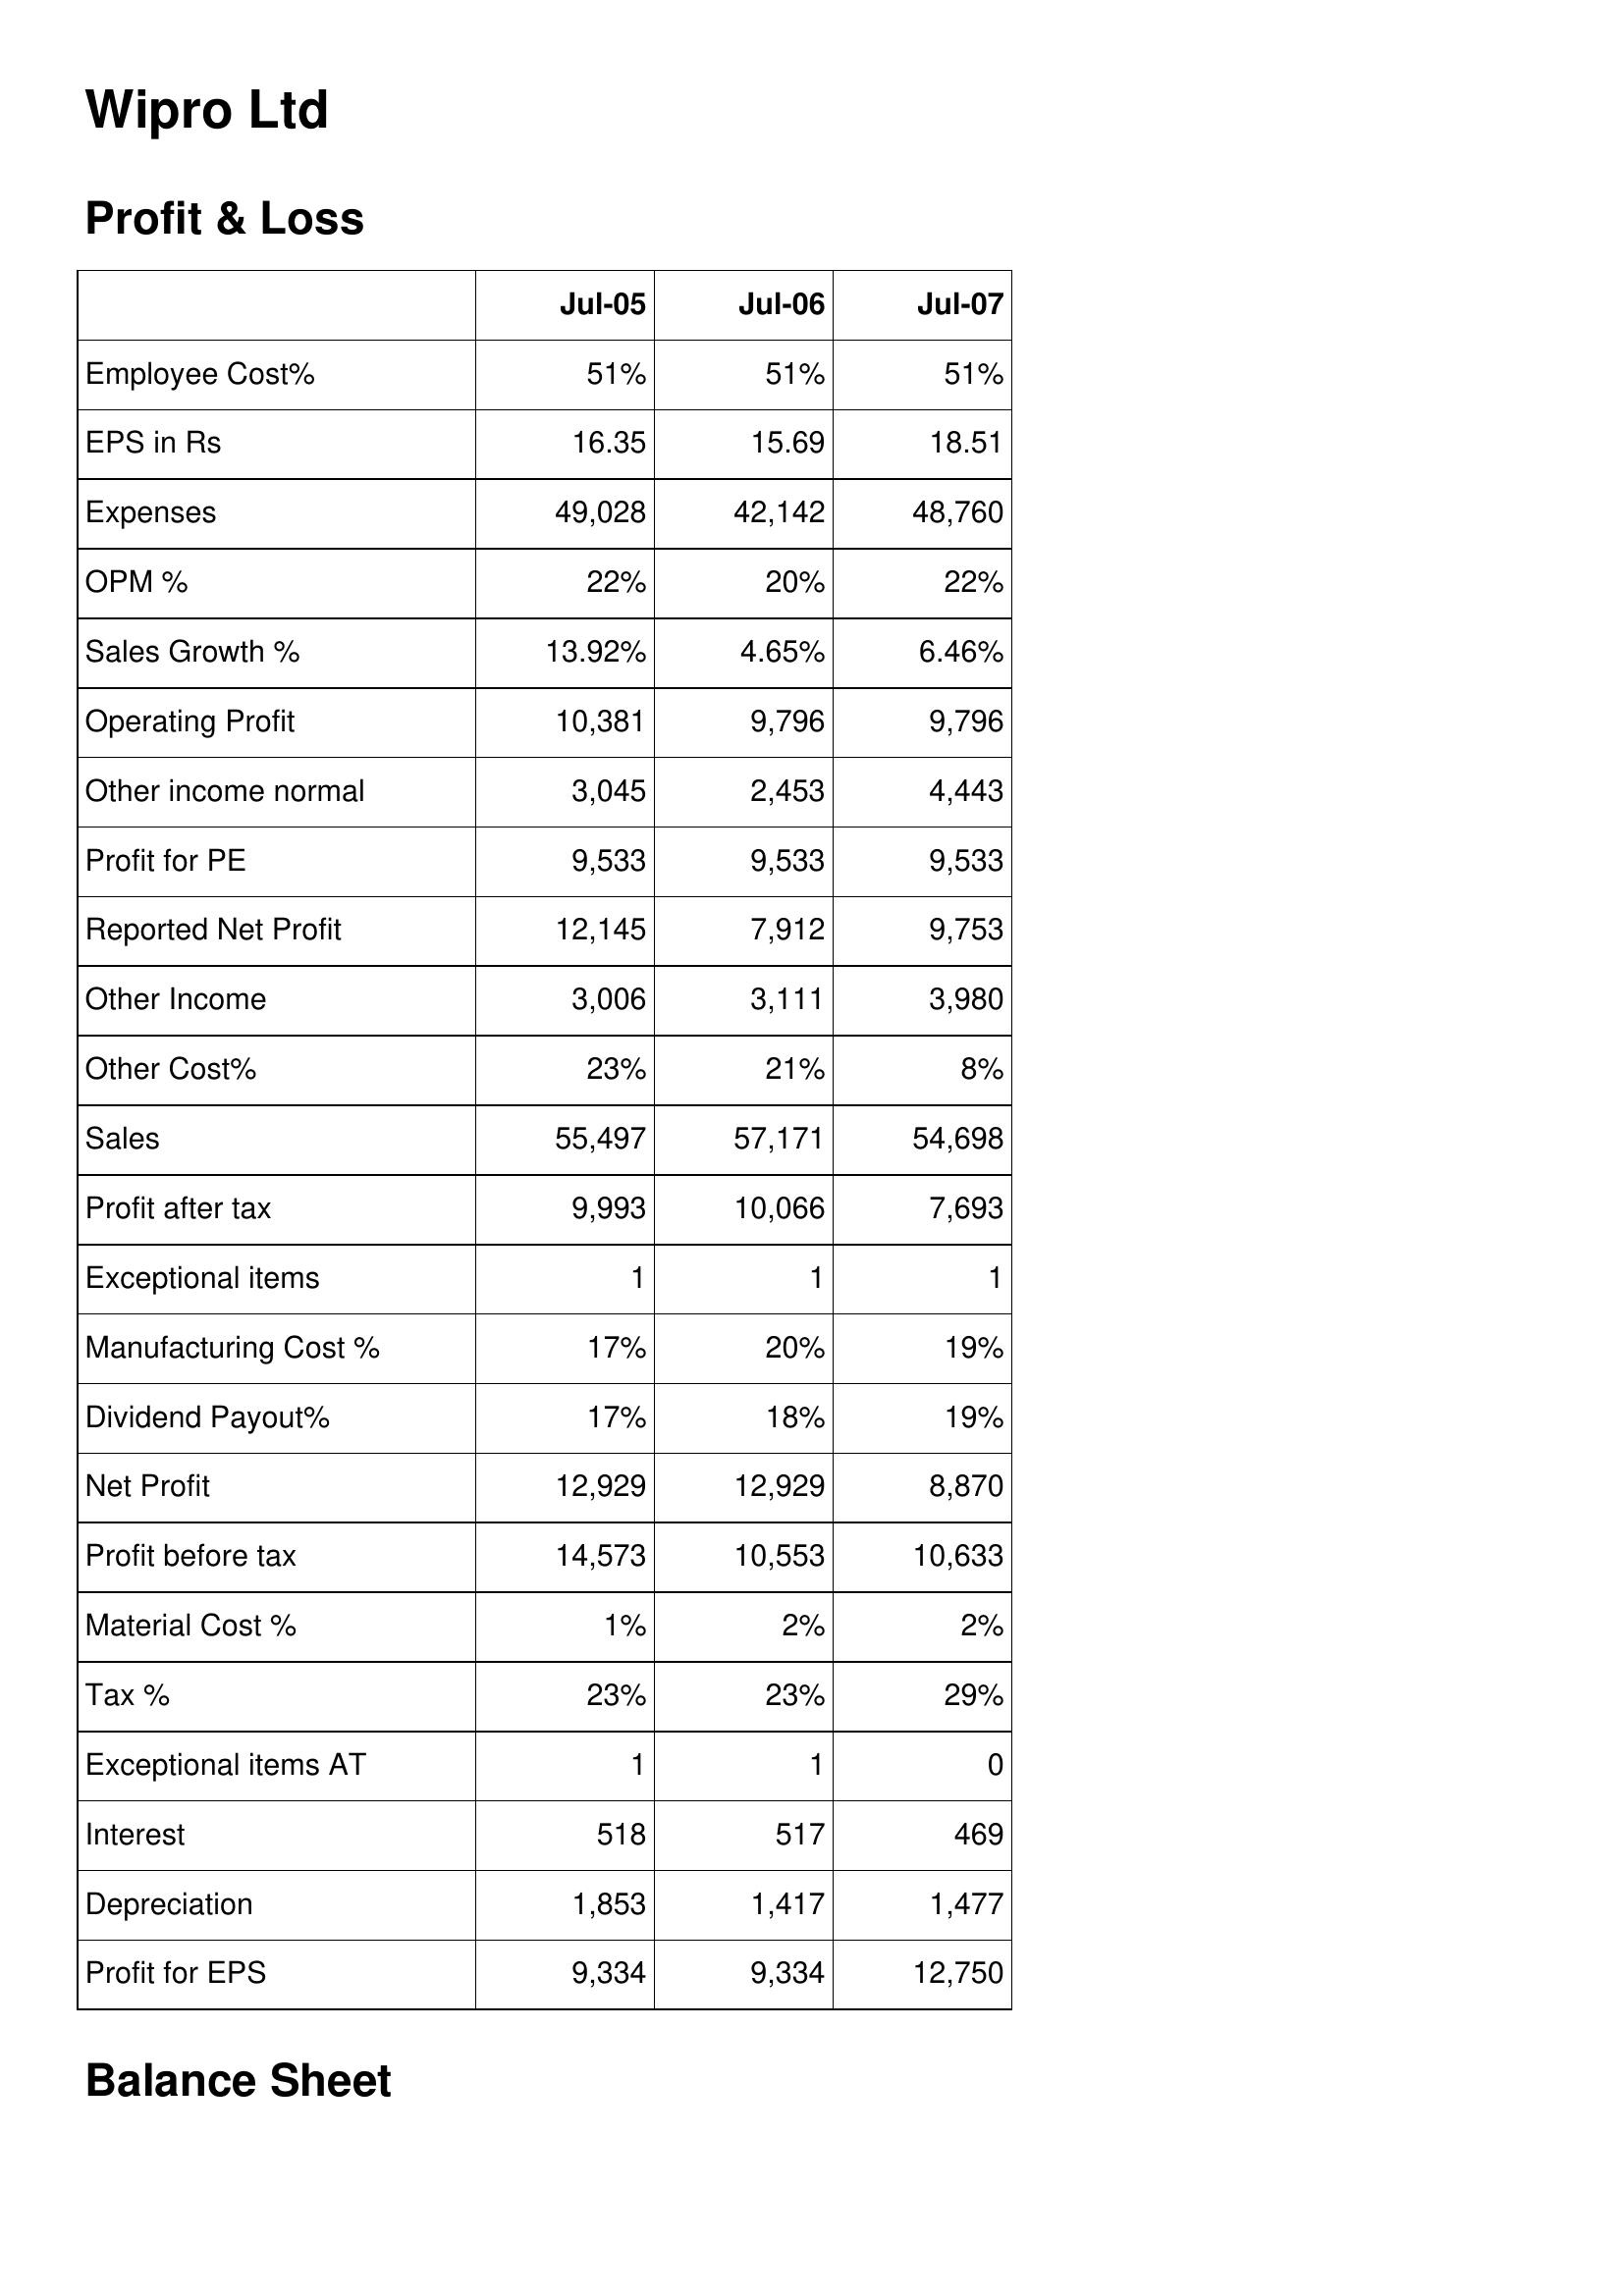
Jul-05: Profit & Loss: Employee Cost%: 51%
EPS in Rs: 16.35
Expenses: 49,028
OPM %: 22%
Sales Growth %: 13.92%
Operating Profit: 10,381
Other income normal: 3,045
Profit for PE: 9,533
Reported Net Profit: 12,145
Other Income: 3,006
Other Cost%: 23%
Sales: 55,497
Profit after tax: 9,993
Exceptional items: 1
Manufacturing Cost %: 17%
Dividend Payout%: 17%
Net Profit: 12,929
Profit before tax: 14,573
Material Cost %: 1%
Tax %: 23%
Exceptional items AT: 1
Interest: 518
Depreciation: 1,853
Profit for EPS: 9,334
Jul-06: Profit & Loss: Employee Cost%: 51%
EPS in Rs: 15.69
Expenses: 42,142
OPM %: 20%
Sales Growth %: 4.65%
Operating Profit: 9,796
Other income normal: 2,453
Profit for PE: 9,533
Reported Net Profit: 7,912
Other Income: 3,111
Other Cost%: 21%
Sales: 57,171
Profit after tax: 10,066
Exceptional items: 1
Manufacturing Cost %: 20%
Dividend Payout%: 18%
Net Profit: 12,929
Profit before tax: 10,553
Material Cost %: 2%
Tax %: 23%
Exceptional items AT: 1
Interest: 517
Depreciation: 1,417
Profit for EPS: 9,334
Jul-07: Profit & Loss: Employee Cost%: 51%
EPS in Rs: 18.51
Expenses: 48,760
OPM %: 22%
Sales Growth %: 6.46%
Operating Profit: 9,796
Other income normal: 4,443
Profit for PE: 9,533
Reported Net Profit: 9,753
Other Income: 3,980
Other Cost%: 8%
Sales: 54,698
Profit after tax: 7,693
Exceptional items: 1
Manufacturing Cost %: 19%
Dividend Payout%: 19%
Net Profit: 8,870
Profit before tax: 10,633
Material Cost %: 2%
Tax %: 29%
Exceptional items AT: 0
Interest: 469
Depreciation: 1,477
Profit for EPS: 12,750